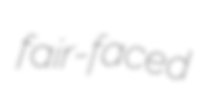
fair-faced